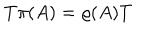
T \pi ( A ) = \varrho ( A ) T